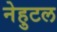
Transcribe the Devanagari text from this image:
नेहुटल